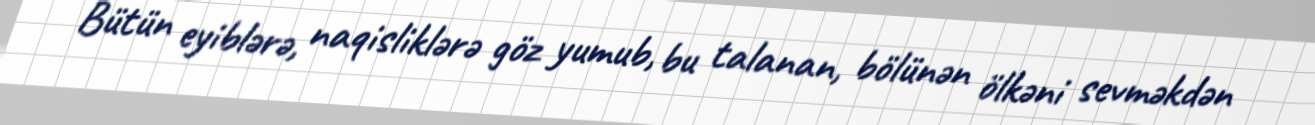
Bütün eyiblərə, naqisliklərə göz yumub, bu talanan, bölünən ölkəni sevməkdən